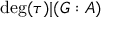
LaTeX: \deg ( \tau ) | ( G : A )